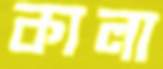
কালা